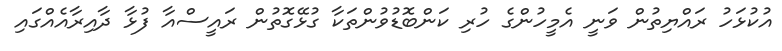
އުކުޅަހު ރައްޔިތުން ވަނީ އެމީހުންގެ ހުރި ކަންބޮޑުވުންތަކާ ގުޅޭގޮތުން ރައީސްއާ ފުޅާ ދާއިރާއެއްގައި